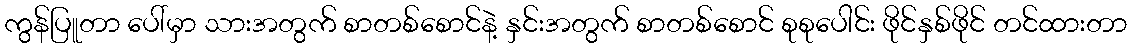
ကွန်ပြူတာ ပေါ်မှာ သားအတွက် စာတစ်စောင်နဲ့ နှင်းအတွက် စာတစ်စောင် စုစုပေါင်း ဖိုင်နှစ်ဖိုင် တင်ထားတာ